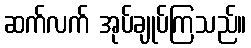
ဆက်လက် အုပ်ချုပ်ကြသည်။